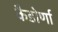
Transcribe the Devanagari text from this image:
कैडोर्णा